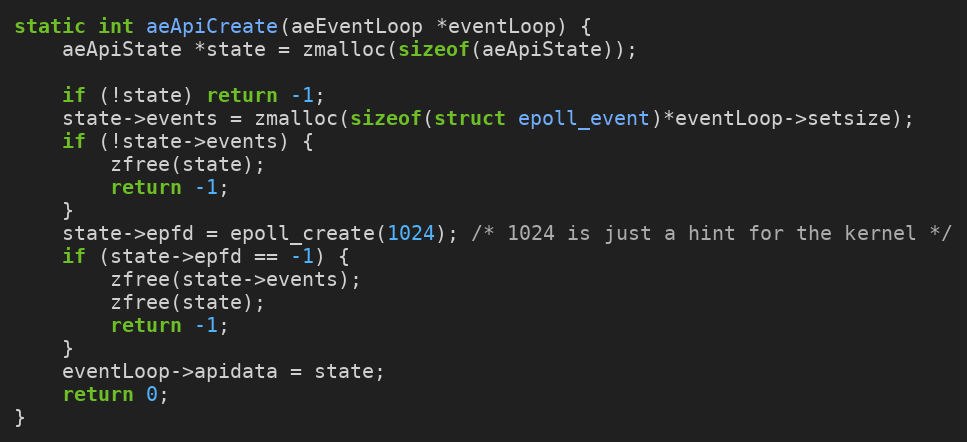
Language: C
static int aeApiCreate(aeEventLoop *eventLoop) {
    aeApiState *state = zmalloc(sizeof(aeApiState));

    if (!state) return -1;
    state->events = zmalloc(sizeof(struct epoll_event)*eventLoop->setsize);
    if (!state->events) {
        zfree(state);
        return -1;
    }
    state->epfd = epoll_create(1024); /* 1024 is just a hint for the kernel */
    if (state->epfd == -1) {
        zfree(state->events);
        zfree(state);
        return -1;
    }
    eventLoop->apidata = state;
    return 0;
}